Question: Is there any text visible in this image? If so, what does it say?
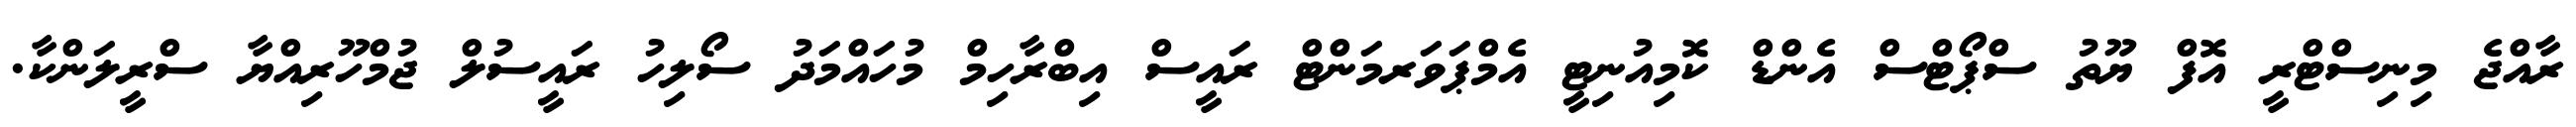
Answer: ރާއްޖެ މިނިސްޓްރީ އޮފް ޔޫތު ސްޕޯޓްސް އެންޑް ކޮމިއުނިޓީ އެމްޕަވަރމަންޓް ރައީސް އިބްރާހިމް މުހައްމަދު ސޯލިހު ރައީސުލް ޖުމްހޫރިއްޔާ ސްރީލަންކާ.